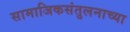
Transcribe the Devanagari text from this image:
सामाजिकसंतुलनाच्या